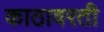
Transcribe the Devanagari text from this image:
काठावरती